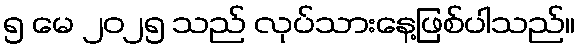
၅ မေ ၂၀၂၅ သည် လုပ်သားနေ့ဖြစ်ပါသည်။